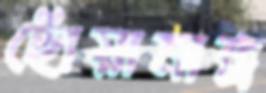
ছোঁয়ামাত্র